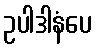
ဥပါဒါနံပေ